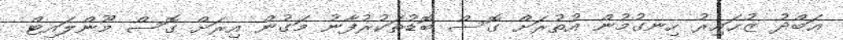
ޢަބްދު ޒުޙައިރު ހިނގުމުން އުތުރަށް ގޮސް ބޮޑުތަކުރުފާނު މަގުން އިރަށް ގޮސް މޫންލައިޓް